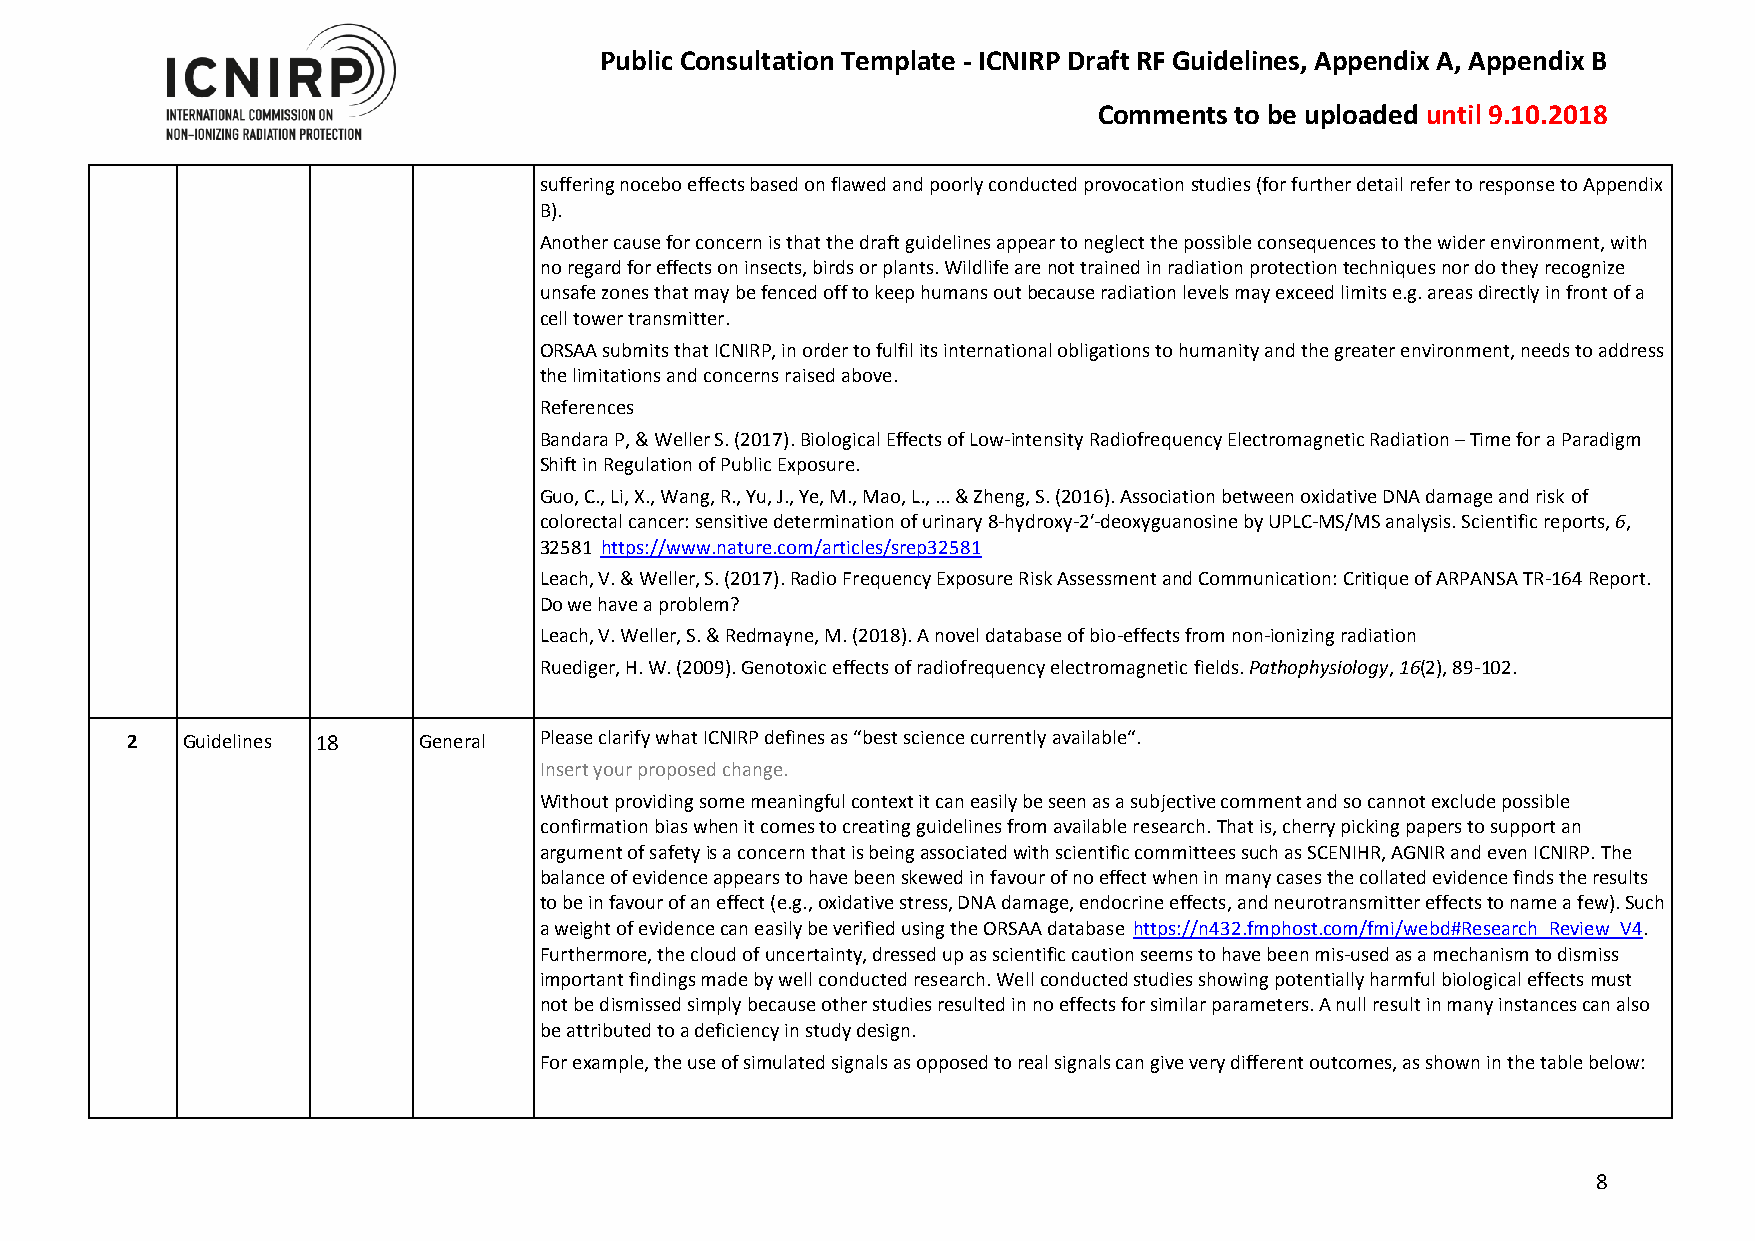
Public Consultation Template - ICNIRP Draft RF Guidelines, Appendix A, Appendix B
 Comments to be uploaded until 9.10.2018
 suffering nocebo effects based on flawed and poorly conducted provocation studies (for further detail refer to response to Appendix
 B).
 Another cause for concern is that the draft guidelines appear to neglect the possible consequences to the wider environment, with
 no regard for effects on insects, birds or plants. Wildlife are not trained in radiation protection techniques nor do they recognize
 unsafe zones that may be fenced off to keep humans out because radiation levels may exceed limits e.g. areas directly in front of a
 cell tower transmitter.
 ORSAA submits that ICNIRP, in order to fulfil its international obligations to humanity and the greater environment, needs to address
 the limitations and concerns raised above.
 References
 Bandara P, & Weller S. (2017). Biological Effects of Low-intensity Radiofrequency Electromagnetic Radiation – Time for a Paradigm
 Shift in Regulation of Public Exposure.
 Guo, C., Li, X., Wang, R., Yu, J., Ye, M., Mao, L., ... & Zheng, S. (2016). Association between oxidative DNA damage and risk of
 colorectal cancer: sensitive determination of urinary 8-hydroxy-2′-deoxyguanosine by UPLC-MS/MS analysis. Scientific reports, 6,
 32581 https://www.nature.com/articles/srep32581
 Leach, V. & Weller, S. (2017). Radio Frequency Exposure Risk Assessment and Communication: Critique of ARPANSA TR-164 Report.
 Do we have a problem?
 Leach, V. Weller, S. & Redmayne, M. (2018). A novel database of bio-effects from non-ionizing radiation
 Ruediger, H. W. (2009). Genotoxic effects of radiofrequency electromagnetic fields. Pathophysiology, 16(2), 89-102.
 2   Guidelines 18   General Please clarify what ICNIRP defines as “best science currently available“.
 Insert your proposed change.
 Without providing some meaningful context it can easily be seen as a subjective comment and so cannot exclude possible
 confirmation bias when it comes to creating guidelines from available research. That is, cherry picking papers to support an
 argument of safety is a concern that is being associated with scientific committees such as SCENIHR, AGNIR and even ICNIRP. The
 balance of evidence appears to have been skewed in favour of no effect when in many cases the collated evidence finds the results
 to be in favour of an effect (e.g., oxidative stress, DNA damage, endocrine effects, and neurotransmitter effects to name a few). Such
 a weight of evidence can easily be verified using the ORSAA database https://n432.fmphost.com/fmi/webd#Research_Review_V4.
 Furthermore, the cloud of uncertainty, dressed up as scientific caution seems to have been mis-used as a mechanism to dismiss
 important findings made by well conducted research. Well conducted studies showing potentially harmful biological effects must
 not be dismissed simply because other studies resulted in no effects for similar parameters. A null result in many instances can also
 be attributed to a deficiency in study design.
 For example, the use of simulated signals as opposed to real signals can give very different outcomes, as shown in the table below:
 8